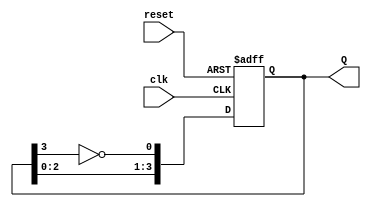
module Johnson_Counter (
    input wire clk,        // Clock input
    input wire reset,      // Asynchronous reset
    output reg [3:0] Q     // 4-bit output representing the counter state
);

    // Sequential logic for the Johnson counter
    always @(posedge clk or posedge reset) begin
        if (reset) begin
            Q <= 4'b0000;  // Asynchronous reset to 0000
        end else begin
            Q[0] <= ~Q[3];  // D0 = ~Q3
            Q[1] <= Q[0];   // D1 = Q0
            Q[2] <= Q[1];   // D2 = Q1
            Q[3] <= Q[2];   // D3 = Q2
        end
    end

endmodule